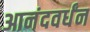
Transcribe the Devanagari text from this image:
आनंदवर्धंन